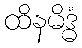
ထိနမိဒ္ဓံ